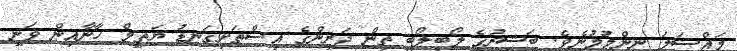
މައްސަލަ ނިންމުމުނެވެ. ބަޝީރުގެ ލޯބިލޯބި ތިން ދަރިންގެ އިސްތަށިގަނޑު ޔަތީމް ހާނާއިން ވަނީ